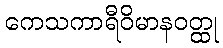
ကေသကာရီဝိမာနဝတ္ထု